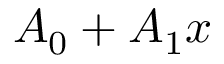
A _ { 0 } + A _ { 1 } x